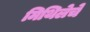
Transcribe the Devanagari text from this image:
मिथिलेचे